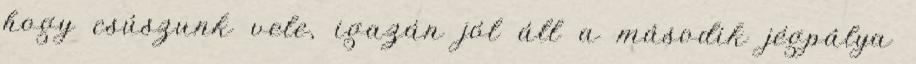
hogy csúszunk vele, igazán jól áll a második jégpálya